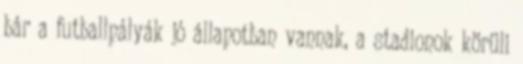
bár a futballpályák jó állapotban vannak, a stadionok körüli